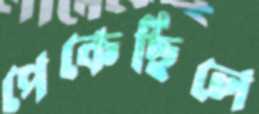
পেকেছিলে